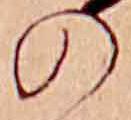
の